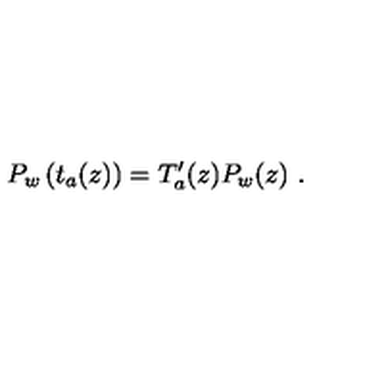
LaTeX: P _ { w } \left( t _ { a } ( z ) \right) = T _ { a } ^ { \prime } ( z ) P _ { w } ( z ) \ .